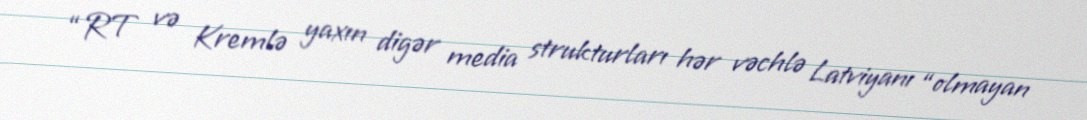
“RT və Kremlə yaxın digər media strukturları hər vəchlə Latviyanı “olmayan